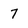
Character: 7